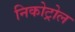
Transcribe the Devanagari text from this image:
निकोट्रोल